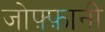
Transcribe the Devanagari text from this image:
जोफ़्फ़ानी